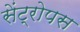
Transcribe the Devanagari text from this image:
सेंट्रोपस